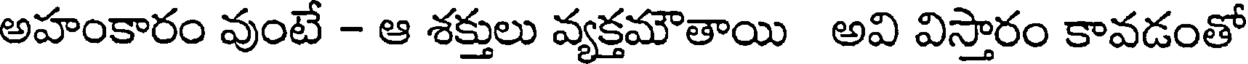
అహంకారం వుంటే - ఆ శక్తులు వ్యక్తమౌతాయి అవి విస్తారం కావడంతో